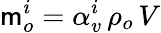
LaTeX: \mathsf{m}_{o}^{i}=\alpha_{v}^{i}\, \rho_{o}\, V